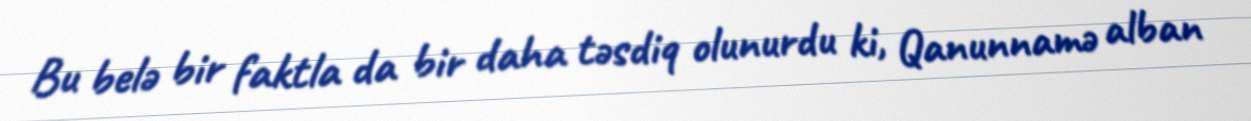
Bu belə bir faktla da bir daha təsdiq olunurdu ki, Qanunnamə alban